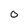
Character: O